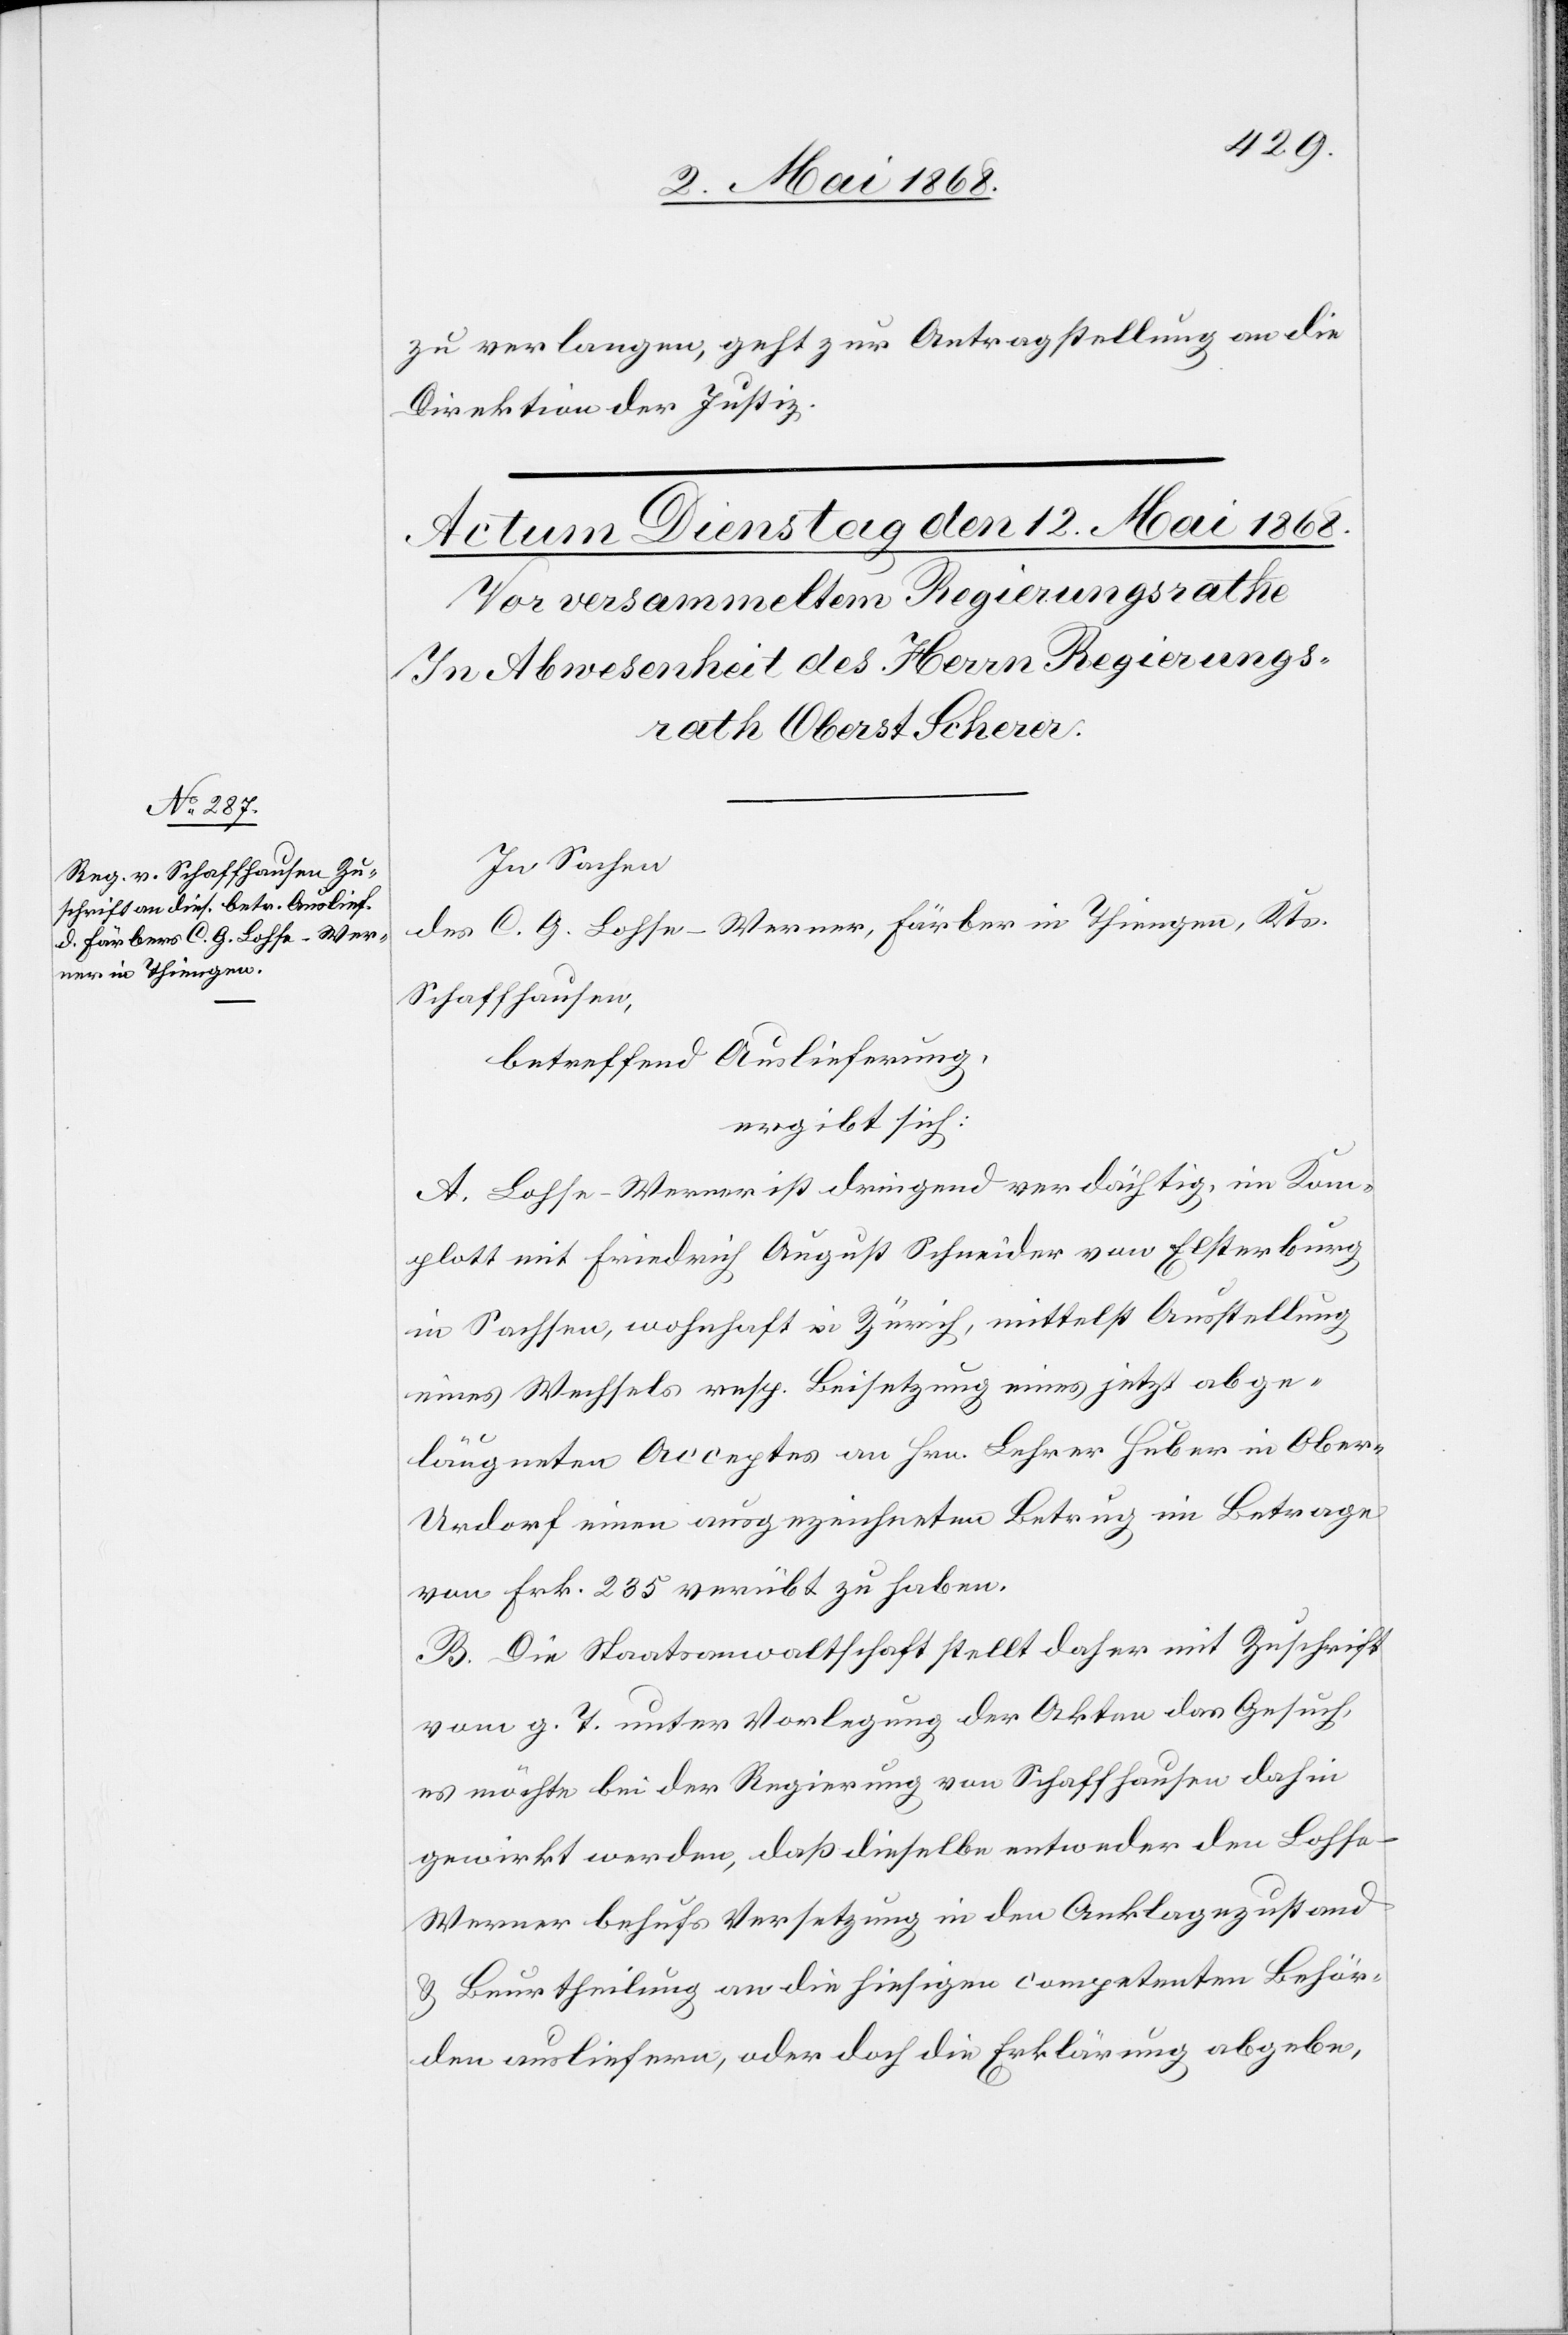
zu verlangen, geht zur Antragstellung an die
Direktion der Justiz.
In Sachen
des C. G. Lohse-Werner, Färber in Thiengen, Kts.
Schaffhausen,
betreffend Auslieferung,
ergibt sich:
A. Lohse-Werner ist dringend verdächtig, im Kom¬
plott mit Friedrich August Schneider von Elsterburg
in Sachsen, wohnhaft in Zürich, mittelst Ausstellung
eines Wechsels resp. Beisetzung eines jetzt abge¬
läugneten Acceptes an Hrn. Lehrer Huber in Ober-U¬
rdorf einen ausgezeichneten Betrug im Betrage
von Frk. 235 verübt zu haben.
B. Die Staatsanwaltschaft stellt daher mit Zuschrift
vom g. T. unter Vorlegung der Akten das Gesuch,
es möchte bei der Regierung von Schaffhausen dahin
gewirkt werden, daß dieselbe entweder den Lohs¬
e-Werner behufs Versetzung in den Anklagezustand
& Beurtheilung an die hiesigen competenten Behör¬
den ausliefern, oder doch die Erklärung abgebe,